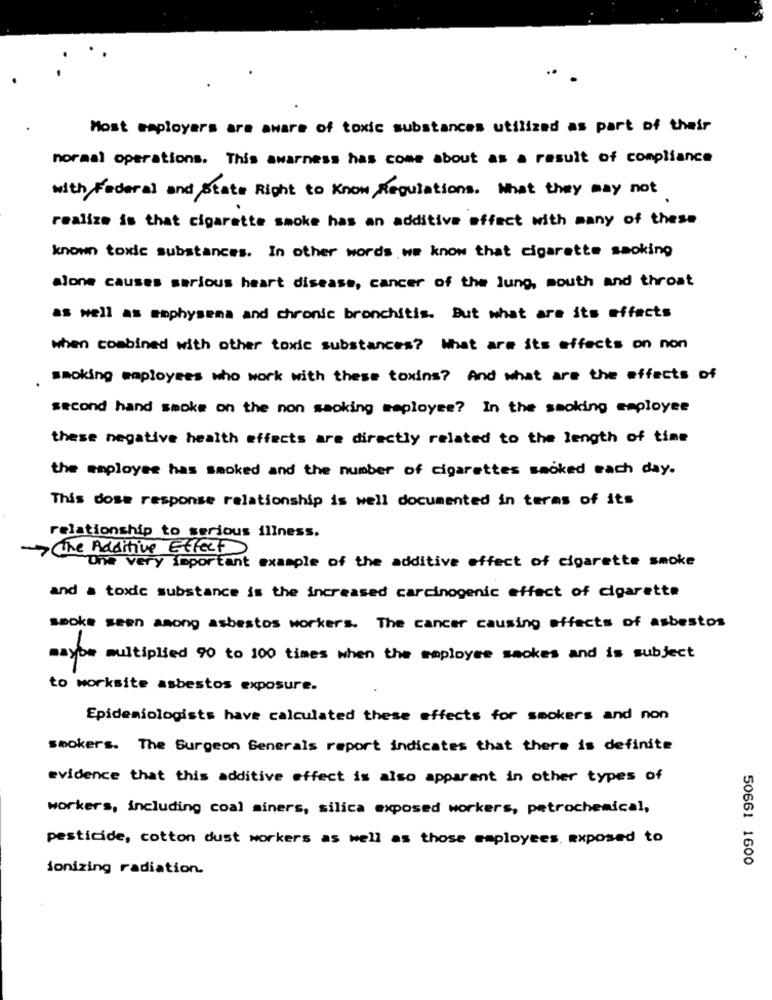
Most saployers are aware of toxic substances utilized as part of their
normal operations. This awarness has come about as a result of compliance
with Federal and State Right to Know Regulations. What they may not
realize is that cigarette smoke has an additive effect with many of these
known toxic substances. In other words we know that cigarette smoking
alone causes serious heart disease, cancer of the lung, mouth and throat
as well as emphysema and chronic bronchitis. But what are its effects
when combined with other toxic substances? What are its effects on non
smoking employees who work with these toxins? And what are the effects of
second hand smoke on the non smoking meployse? In the smoking employee
these negative health effects are directly related to the length of time
the employee has smoked and the number of cigarettes smoked each day.
This dose response relationship is well documented in terms of its
relationship to serious illness.
-The Additive Effect)
"Une very important example of the additive effect of cigarette smoke
and a toxic substance is the increased carcinogenic effect of cigarette
smoke seen among asbestos workers. The cancer causing effects of asbestos
mayon multiplied 90 to 100 times when the employee smokes and is subject
to worksite asbestos exposure.
Epidemiologists have calculated these effects for smokers and non
smokers. The Surgeon Generals report indicates that there is definite
evidence that this additive effect is also apparent in other types of
workers, including coal miners, silica exposed workers, petrochemical,
pesticide, cotton dust workers as well as those employees. exposed to
50661 1600
ionizing radiation.